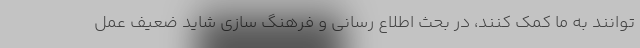
توانند به ما کمک کنند، در بحث اطلاع رسانی و فرهنگ سازی شاید ضعیف عمل